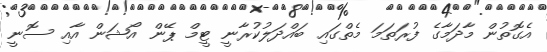
އެގޮތުން މާދަމާގެ ފުރަތަމަ މެތްގައި ބައްދަލުކުރާނީ ޓީމް ޕޭން އޯޝަން އާއި ސޮނީ